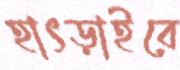
হাৎড়াইবে